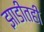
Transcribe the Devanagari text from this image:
झाडीतही